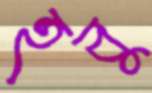
হবু